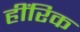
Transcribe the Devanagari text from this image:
हींरिक